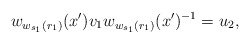
\begin{align*} w_{w_{s_1}(r_1)}(x')v_1w_{w_{s_1}(r_1)}(x')^{-1}=u_2,\end{align*}